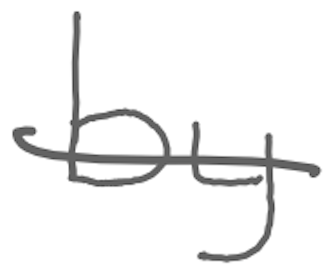
Text: by
Cross-out: single-line
Writing tool: digital_gray